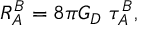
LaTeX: R _ { A } ^ { B } = 8 \pi G _ { D } ~ \tau _ { A } ^ { B } ,